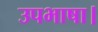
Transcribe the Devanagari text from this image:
उपभाषा।